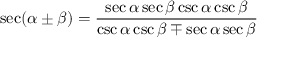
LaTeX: \sec ( \alpha \pm \beta ) = { \frac { \sec \alpha \sec \beta \csc \alpha \csc \beta } { \csc \alpha \csc \beta \mp \sec \alpha \sec \beta } }